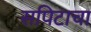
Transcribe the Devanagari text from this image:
सपिटाचा